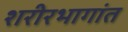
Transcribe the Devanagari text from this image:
शरीरभागांत